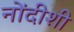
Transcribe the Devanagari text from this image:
नोंदीशी